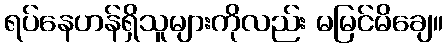
ရပ်နေဟန်ရှိသူများကိုလည်း မမြင်မိချေ။